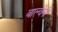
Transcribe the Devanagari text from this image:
बाल्वेनी